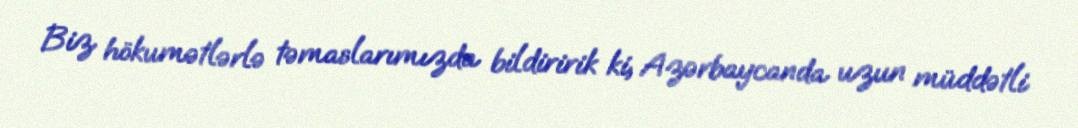
Biz hökumətlərlə təmaslarımızda bildiririk ki, Azərbaycanda uzun müddətli